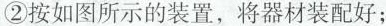
②按如图所示的装置，将器材装配好；